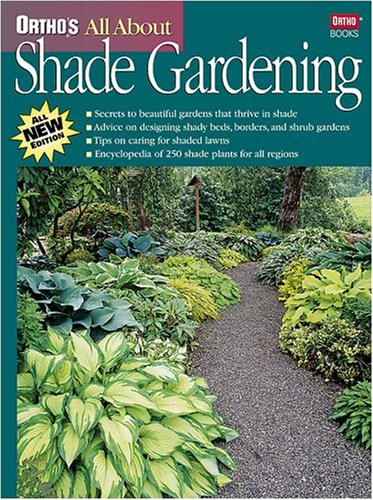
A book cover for Ortho's All About Shade Gardening; Jo Kellum; Crafts, Hobbies & Home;